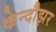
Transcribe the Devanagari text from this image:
केन्दौझर